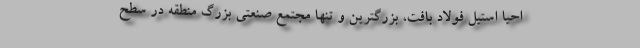
احیا استیل فولاد بافت، بزرگترین و تنها مجتمع صنعتی بزرگ منطقه در سطح